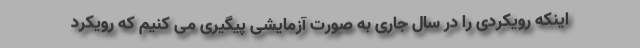
اینکه رویکردی را در سال جاری به صورت آزمایشی پیگیری می کنیم که رویکرد